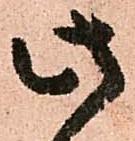
此